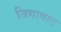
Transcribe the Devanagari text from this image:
जिगावाट